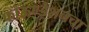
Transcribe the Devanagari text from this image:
फाऊण्डेशनचा